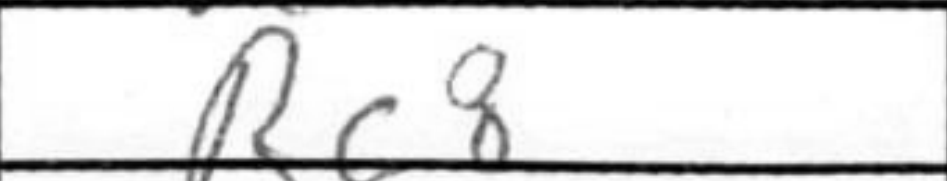
Transcription: Rc8